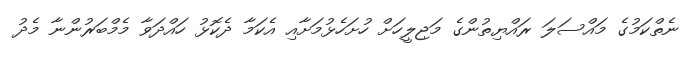
ނެތްކަމުގެ މައްސަލަ ރައްޔިތުންގެ މަޖިލީހަށް ހުށަހެޅުމަށާއި އެކަމާ ދެކޮޅު ހައްދަވާ މެމްބަރުންނާ މެދު